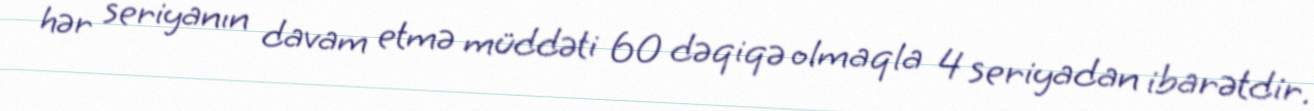
hər seriyanın davam etmə müddəti 60 dəqiqə olmaqla 4 seriyadan ibarətdir.